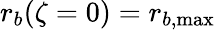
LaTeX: r_{b}(\zeta=0)=r_{b,\mathrm{max}}